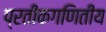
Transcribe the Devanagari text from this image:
प्रतीकगणितीय